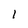
Character: 1